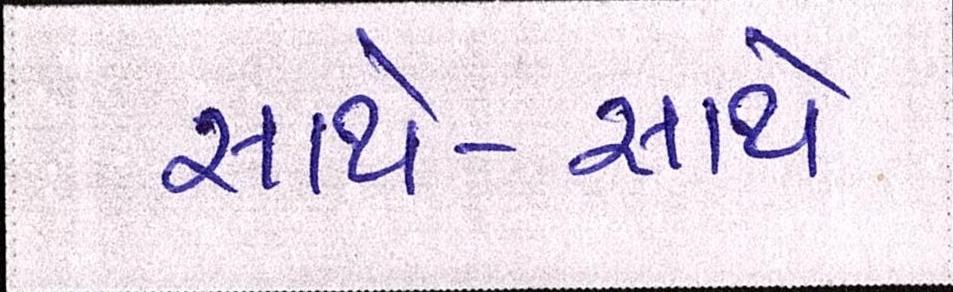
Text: સાથે-સાથે